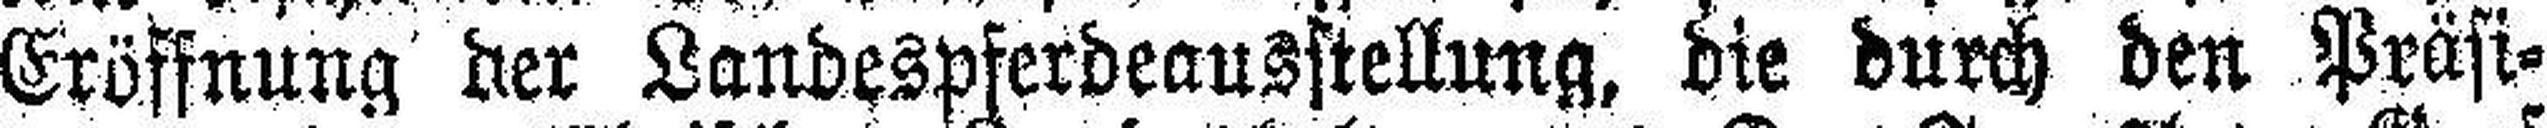
Eröffnung der Landespferdeausstellung, die durch den Präsi¬